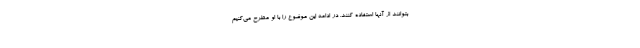
بتوانند از آنها استفاده کنند. در ادامه این موضوع را با او مطرح می‌کنیم